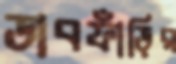
ডাবফাঁড়ির